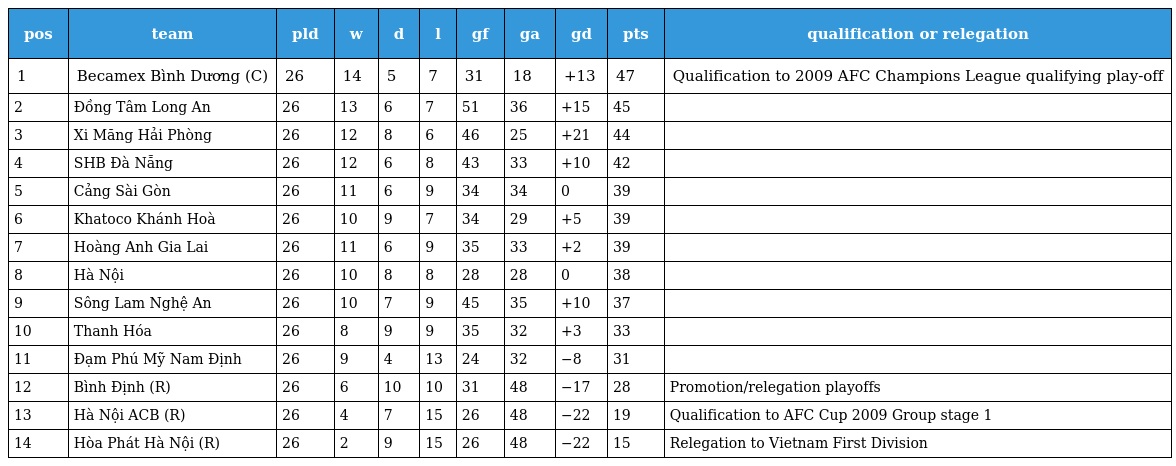
| pos | team | pld | w | d | l | gf | ga | gd | pts | qualification or relegation |
 | --- | --- | --- | --- | --- | --- | --- | --- | --- | --- | --- |
 | 1 | Becamex Bình Dương (C) | 26 | 14 | 5 | 7 | 31 | 18 | +13 | 47 | Qualification to 2009 AFC Champions League qualifying play-off |
 | 2 | Đồng Tâm Long An | 26 | 13 | 6 | 7 | 51 | 36 | +15 | 45 |  |
 | 3 | Xi Măng Hải Phòng | 26 | 12 | 8 | 6 | 46 | 25 | +21 | 44 |  |
 | 4 | SHB Ðà Nẵng | 26 | 12 | 6 | 8 | 43 | 33 | +10 | 42 |  |
 | 5 | Cảng Sài Gòn | 26 | 11 | 6 | 9 | 34 | 34 | 0 | 39 |  |
 | 6 | Khatoco Khánh Hoà | 26 | 10 | 9 | 7 | 34 | 29 | +5 | 39 |  |
 | 7 | Hoàng Anh Gia Lai | 26 | 11 | 6 | 9 | 35 | 33 | +2 | 39 |  |
 | 8 | Hà Nội | 26 | 10 | 8 | 8 | 28 | 28 | 0 | 38 |  |
 | 9 | Sông Lam Nghệ An | 26 | 10 | 7 | 9 | 45 | 35 | +10 | 37 |  |
 | 10 | Thanh Hóa | 26 | 8 | 9 | 9 | 35 | 32 | +3 | 33 |  |
 | 11 | Đạm Phú Mỹ Nam Định | 26 | 9 | 4 | 13 | 24 | 32 | −8 | 31 |  |
 | 12 | Bình Ðịnh (R) | 26 | 6 | 10 | 10 | 31 | 48 | −17 | 28 | Promotion/relegation playoffs |
 | 13 | Hà Nội ACB (R) | 26 | 4 | 7 | 15 | 26 | 48 | −22 | 19 | Qualification to AFC Cup 2009 Group stage 1 |
 | 14 | Hòa Phát Hà Nội (R) | 26 | 2 | 9 | 15 | 26 | 48 | −22 | 15 | Relegation to Vietnam First Division |